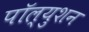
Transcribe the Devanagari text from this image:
पॉल्युशन